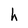
Character: h